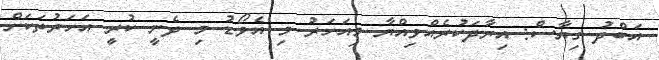
އަބްދު ގިޔާސް: އިރާދަކުރެއްވިއްޔާ މިއަހަރު މި އެވޯޑު މި ދެނީ ކުރީ އަހަރުތަކަށް